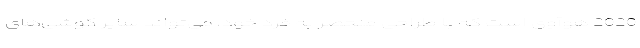
2020 هوآوی است که با طراحی منحصر به فرد خود، می‌تواند سایر گوشی‌های